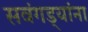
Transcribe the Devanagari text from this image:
सवंगड्यांना